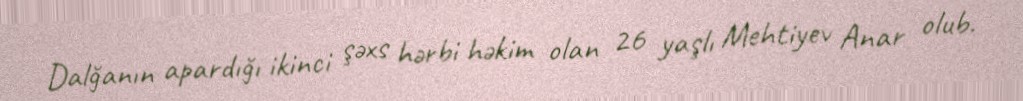
Dalğanın apardığı ikinci şəxs hərbi həkim olan 26 yaşlı Mehtiyev Anar olub.